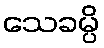
သေခမ္ပိ